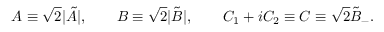
A \equiv \sqrt { 2 } | \tilde { A } | , \qquad B \equiv \sqrt { 2 } | \tilde { B } | , \qquad C _ { 1 } + i C _ { 2 } \equiv C \equiv \sqrt { 2 } \tilde { B } _ { - } .